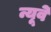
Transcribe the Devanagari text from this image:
न्यूवे